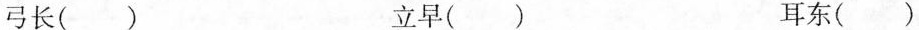
弓长() 立早() 耳东()